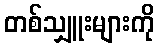
တစ်သျှူးများကို